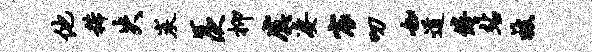
他稀失炭羡抑虞凄宸叨如道倦站被